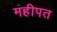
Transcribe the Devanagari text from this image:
महीपत